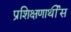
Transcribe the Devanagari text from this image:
प्रशिक्षणार्थीस